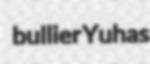
bullier Yuhas